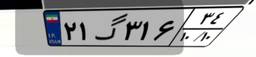
۲۱گ۳۱۶۳۴